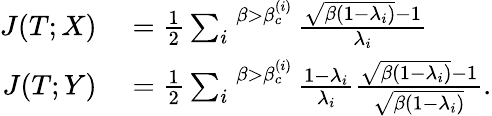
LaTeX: \begin{array}{rl}{J(T;X)}&{{}=\frac{1}{2}\sum_{i}^{\; \; \beta>\beta_{c}^{(i)}}\frac{\sqrt{\beta(1-\lambda_{i})}-1}{\lambda_{i}}}\\ {J(T;Y)}&{{}=\frac{1}{2}\sum_{i}^{\; \; \beta>\beta_{c}^{(i)}}\frac{1-\lambda_{i}}{\lambda_{i}}\frac{\sqrt{\beta(1-\lambda_{i})}-1}{\sqrt{\beta(1-\lambda_{i})}}.}\end{array}